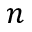
n